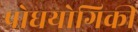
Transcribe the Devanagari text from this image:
प्रोधयोगिकी